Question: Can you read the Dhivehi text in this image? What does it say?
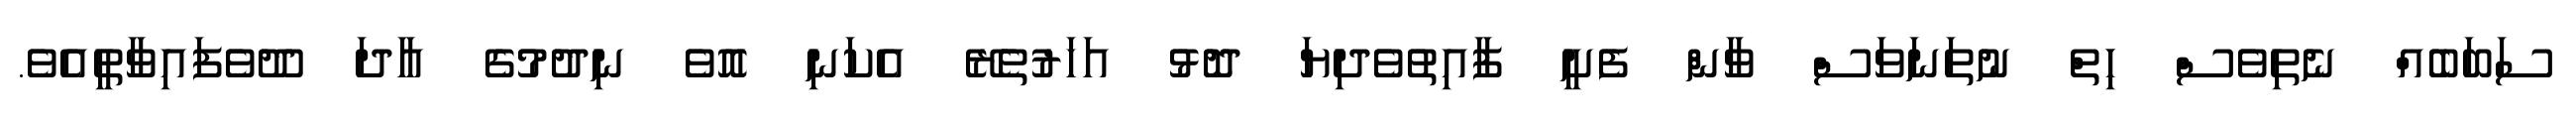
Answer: ސަބަބެއް ނެތިވެސް ހިތް ނުތަނަވަސް ވާން ފެށީ ފާއިތުވެދިޔަ ދޮޅު އަހަރުތެރޭ އެކަނި އޮވެ ނިދުމުގެ އާދަ ދޫވެފައިވާތީއެވެ.